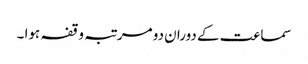
سماعت کے دوران دو مرتبہ وقفہ ہوا ۔